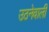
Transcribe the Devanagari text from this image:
उठनेवाली